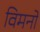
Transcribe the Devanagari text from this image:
विमनों